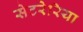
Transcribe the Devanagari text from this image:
सेटरेरिया